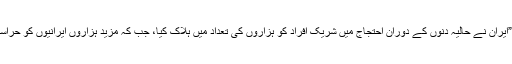
انھوں نے کہا کہ ”ایران نے حالیہ دنوں کے دوران احتجاج میں شریک افراد کو ہزاروں کی تعداد میں ہلاک کیا، جب کہ مزید ہزاروں ایرانیوں کو حراست میں لیا گیا ہے۔